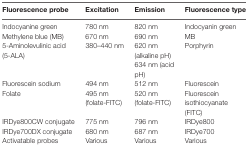
<table><thead><tr><td><b>Fluorescence probe</b></td><td><b>Excitation</b></td><td><b>Emission</b></td><td><b>Fluorescence type</b></td></tr></thead><tbody><tr><td>Indocyanine green</td><td>780 nm</td><td>820 nm</td><td>Indocyanin green</td></tr><tr><td>Methylene blue (MB)</td><td>670 nm</td><td>690 nm</td><td>MB</td></tr><tr><td>5-Aminolevulinic acid (5-ALA)</td><td>380–440 nm</td><td>620 nm (alkaline pH) 634 nm (acid pH)</td><td>Porphyrin</td></tr><tr><td>Fluorescein sodium</td><td>494 nm</td><td>512 nm</td><td>Fluorescein</td></tr><tr><td>Folate</td><td>495 nm (folate-FITC)</td><td>520 nm (folate-FITC)</td><td>Fluorescein isothiocyanate (FITC)</td></tr><tr><td>IRDye800CW conjugate</td><td>775 nm</td><td>796 nm</td><td>IRDye800</td></tr><tr><td>IRDye700DX conjugate</td><td>680 nm</td><td>687 nm</td><td>IRDye700</td></tr><tr><td>Activatable probes</td><td>Various</td><td>Various</td><td>Various</td></tr></tbody></table>